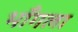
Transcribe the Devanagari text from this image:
भाँगला